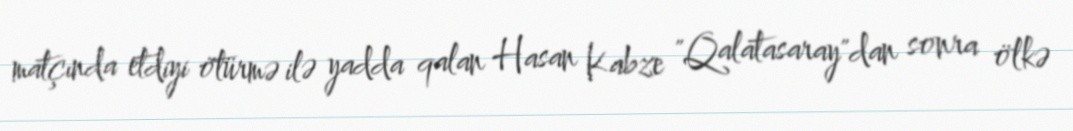
matçında etdiyi ötürmə ilə yadda qalan Hasan Kabze "Qalatasaray"dan sonra ölkə